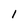
Character: l